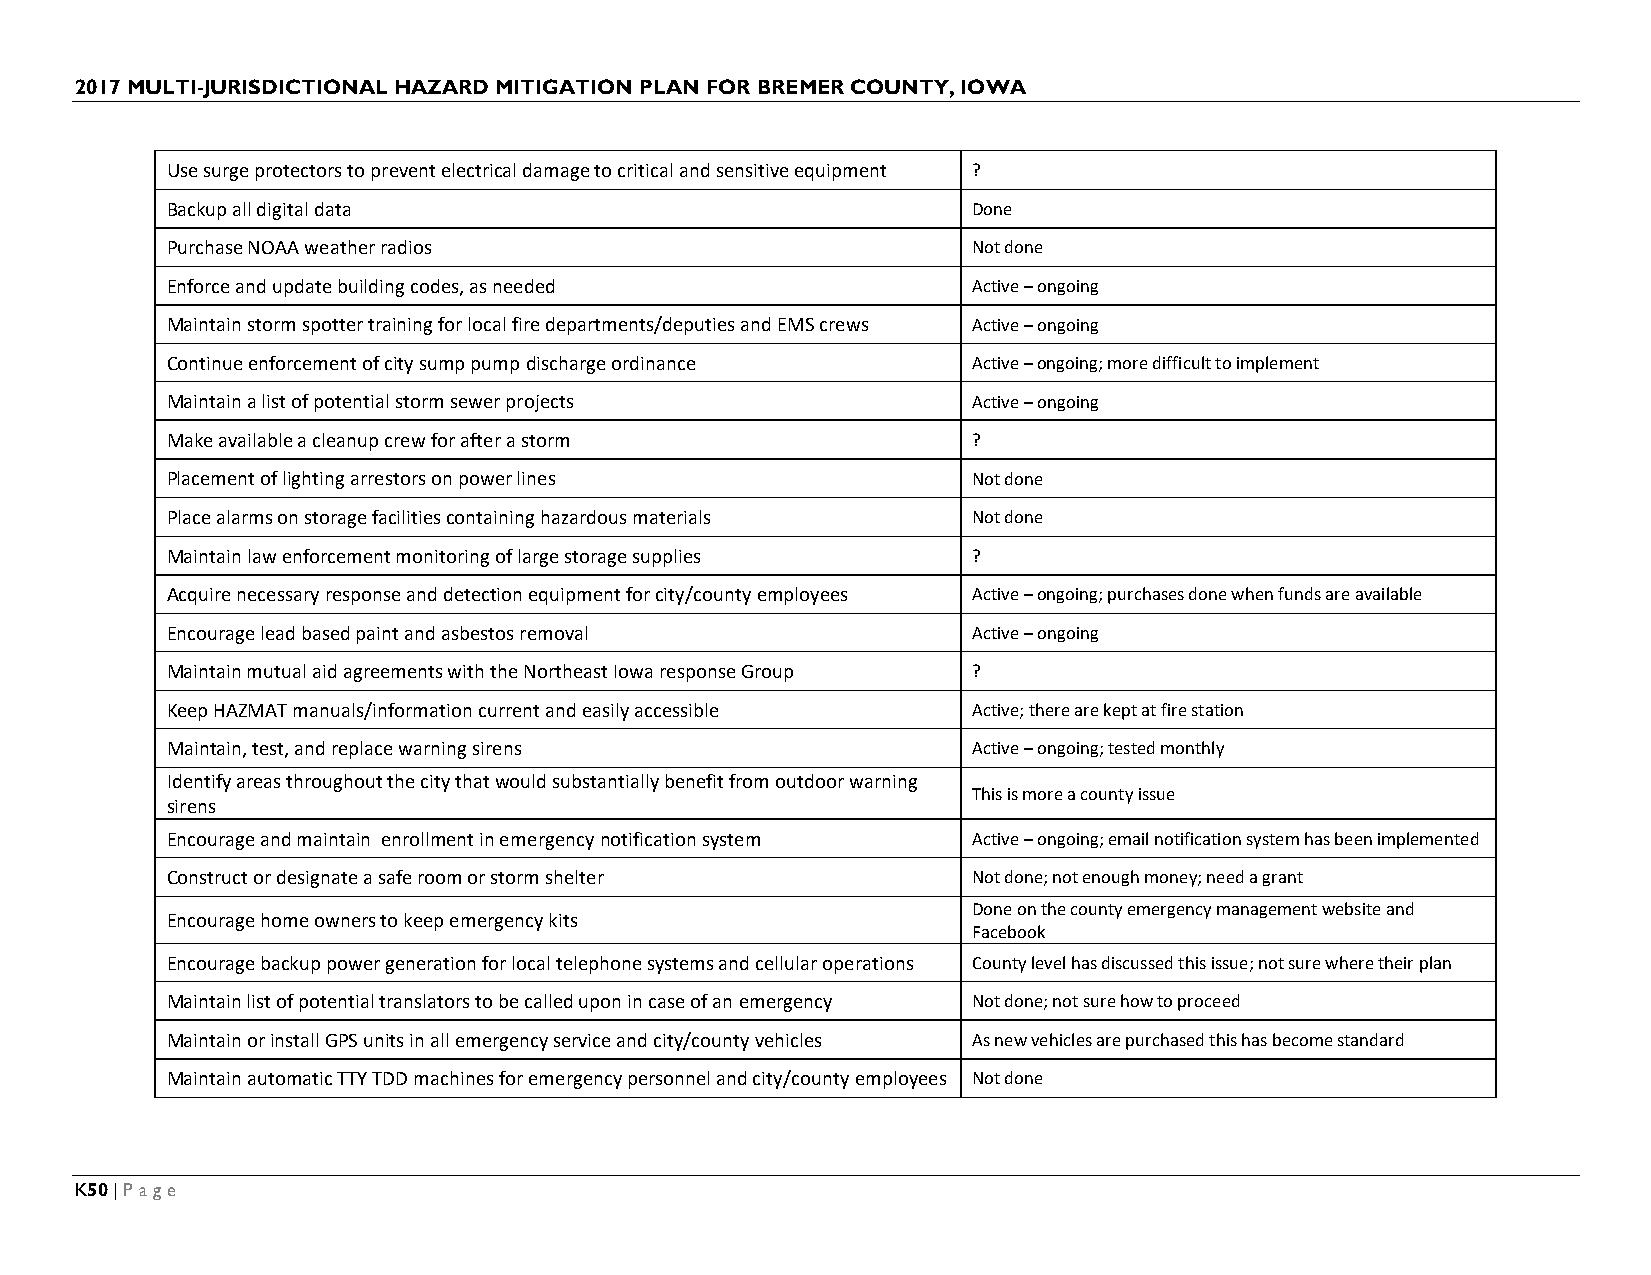
2017 MULTI-JURISDICTIONAL HAZARD MITIGATION PLAN FOR BREMER COUNTY, IOWA
 Use surge protectors to prevent electrical damage to critical and sensitive equipment ?
 Backup all digital data                              Done
 Purchase NOAA weather radios                         Not done
 Enforce and update building codes, as needed         Active – ongoing
 Maintain storm spotter training for local fire departments/deputies and EMS crews Active – ongoing
 Continue enforcement of city sump pump discharge ordinance Active – ongoing; more difficult to implement
 Maintain a list of potential storm sewer projects    Active – ongoing
 Make available a cleanup crew for after a storm      ?
 Placement of lighting arrestors on power lines       Not done
 Place alarms on storage facilities containing hazardous materials Not done
 Maintain law enforcement monitoring of large storage supplies ?
 Acquire necessary response and detection equipment for city/county employees Active – ongoing; purchases done when funds are available
 Encourage lead based paint and asbestos removal      Active – ongoing
 Maintain mutual aid agreements with the Northeast Iowa response Group ?
 Keep HAZMAT manuals/information current and easily accessible Active; there are kept at fire station
 Maintain, test, and replace warning sirens           Active – ongoing; tested monthly
 Identify areas throughout the city that would substantially benefit from outdoor warning
 This is more a county issue
 sirens
 Encourage and maintain enrollment in emergency notification system Active – ongoing; email notification system has been implemented
 Construct or designate a safe room or storm shelter  Not done; not enough money; need a grant
 Done on the county emergency management website and
 Encourage home owners to keep emergency kits
 Facebook
 Encourage backup power generation for local telephone systems and cellular operations County level has discussed this issue; not sure where their plan
 Maintain list of potential translators to be called upon in case of an emergency Not done; not sure how to proceed
 Maintain or install GPS units in all emergency service and city/county vehicles As new vehicles are purchased this has become standard
 Maintain automatic TTY TDD machines for emergency personnel and city/county employees Not done
 K50 | Page